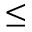
\leq